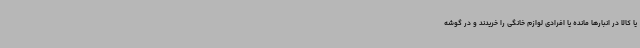
یا کالا در انبارها مانده یا افرادی لوازم خانگی را خریدند و در گوشه